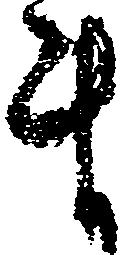
ま